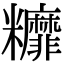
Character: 䊳